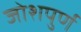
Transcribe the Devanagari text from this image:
जोशपुर्ण